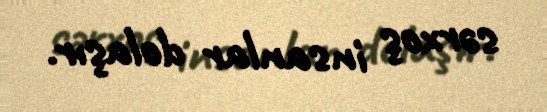
sərxoş insanlar dolaşır.